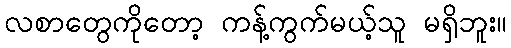
လစာတွေကိုတော့ ကန့်ကွက်မယ့်သူ မရှိဘူး။